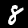
Digit: 8